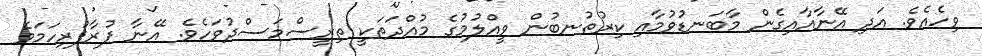
ވިހެއެވެ. އަދި އޭނާއާއިގެން މާބަނޑުވުމާއި ކިރުތުނބުން ވީއްލުމުގެ މުއްދަތަކީ ތިރީސްމަސްދުވަހެވެ. އޭނާ ފުރާފުރިހަމަވެ